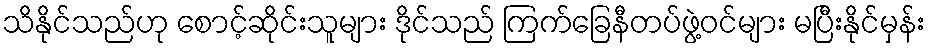
သိနိုင်သည်ဟု စောင့်ဆိုင်းသူများ ဒိုင်သည် ကြက်ခြေနီတပ်ဖွဲ့ဝင်များ မပြီးနိုင်မှန်း